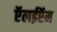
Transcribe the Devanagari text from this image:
ऍलईऍम